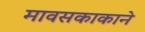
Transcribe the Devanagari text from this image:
मावसकाकाने